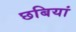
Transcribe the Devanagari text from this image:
छबियां